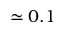
\simeq 0 . 1